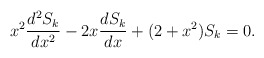
\begin{align*}x^2\frac{d^2S_k}{dx^2}-2x\frac{dS_k}{dx}+(2+x^2)S_k=0.\end{align*}